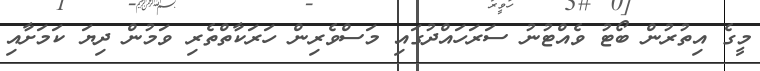
މީގެ އިތުރުން ބޯޓު ވެއްޓުނު ސަރަހައްދުގައި މަސްވެރިން ހަރަކާތްތެރި ވަމުން ދިޔަ ކަމަށާއި